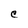
Character: C